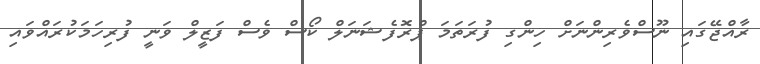
ރާއްޖޭގައި ނޫސްވެރިންނަށް ހިންގި ފުރަތަމަ ޕްރޮފެޝަނަލް ކޯސް ވެސް ފަޒީލް ވަނީ ފުރިހަމަކުރައްވައި